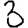
Digit: 3